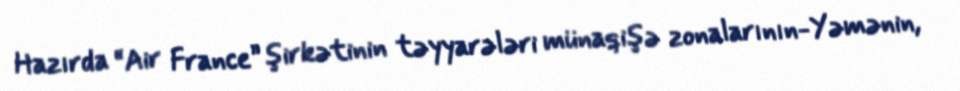
Hazırda “Air France” şirkətinin təyyarələri münaqişə zonalarının-Yəmənin,